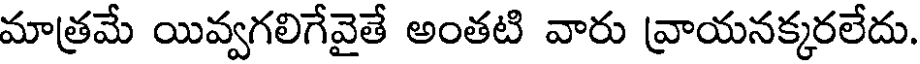
మాత్రమే యివ్వగలిగేవైతే అంతటి వారు వ్రాయనక్కరలేదు.